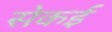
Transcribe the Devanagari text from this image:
सेकई